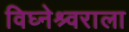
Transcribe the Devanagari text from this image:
विघ्नेश्र्वराला